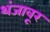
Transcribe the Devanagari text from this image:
थंजावूर